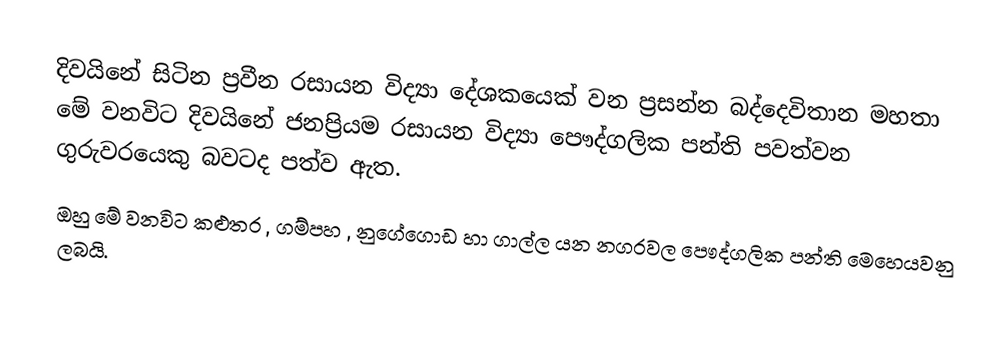
දිවයිනේ සිටින ප්‍රවීන රසායන විද්‍යා දේශකයෙක් වන ප්‍රසන්න බද්දෙවිතාන මහතා මේ වනවිට දිවයිනේ ජනප්‍රියම රසායන විද්‍යා පෞද්ගලික පන්ති පවත්වන ගුරුවරයෙකු බවටද පත්ව ඇත.
ඔහු මේ වනවිට කළුතර , ගම්පහ , නුගේගොඩ හා ගාල්ල යන නගරවල පෞද්ගලික පන්ති මෙහෙයවනු ලබයි.